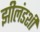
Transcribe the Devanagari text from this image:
झीलंडशी